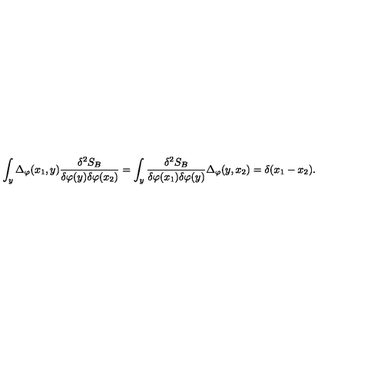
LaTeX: \int _ { y } \Delta _ { \varphi } ( x _ { 1 } , y ) \frac { \delta ^ { 2 } S _ { B } } { \delta \varphi ( y ) \delta \varphi ( x _ { 2 } ) } = \int _ { y } \frac { \delta ^ { 2 } S _ { B } } { \delta \varphi ( x _ { 1 } ) \delta \varphi ( y ) } \Delta _ { \varphi } ( y , x _ { 2 } ) = \delta ( x _ { 1 } - x _ { 2 } ) .